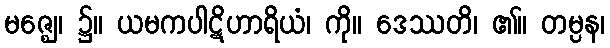
မဇ္ဈေ၊ ၌။ ယမကပါဋိဟာရိယံ၊ ကို။ ဒေဿတိ၊ ၏။ တမ္ပန၊